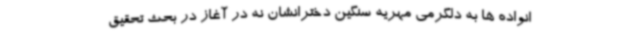
انواده ها به دلگرمی مهریه سنگین دخترانشان نه در آغاز در بحث تحقیق